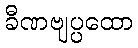
ခီဏဗျပ္ပထော